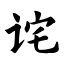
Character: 诧